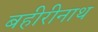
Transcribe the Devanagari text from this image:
बहीरीनाथ